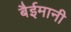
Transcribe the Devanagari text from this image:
बैईमानी